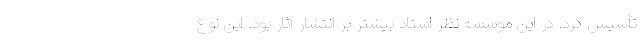
تأسیس کرد. در این موسسه نظر استاد بیشتر بر انتشار آثار بود. این نوع